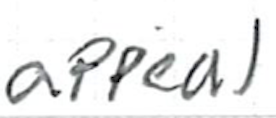
Text: appeal
Cross-out: clean
Writing tool: ballpoint